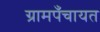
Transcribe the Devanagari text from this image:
ग्रामपँचायत